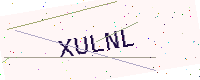
Text: XULNL